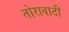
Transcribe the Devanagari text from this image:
तोरावाटी